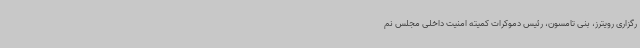
رگزاری رویترز، بنی تامسون، رئیس دموکرات کمیته امنیت داخلی مجلس نم